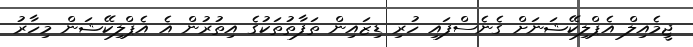
ޖީމެއިލް އެޕްލިކޭޝަނަށް ގެނެސްފައި ހުރި ޑިޒައިން ތަފާތުތަކުގެ އިތުރުން އެ އެޕްލިކޭޝަން މިހާރު